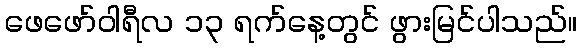
ဖေဖော်ဝါရီလ ၁၃ ရက်နေ့တွင် ဖွားမြင်ပါသည်။